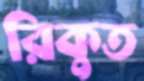
রিকুত